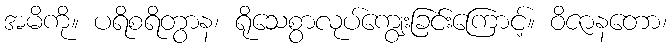
အမိကို။ ပရိစရိတွာန၊ ရိုသေစွာလုပ်ကျွေးခြင်းကြောင့်။ ဝိဇာနတော၊